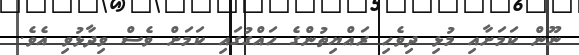
ނޫން ކަމަށާއި މުޅި ދިވެހި ރައްޔިތުންގެ ހައްގުގައި ކަމަށް ވެސް ވިދާޅުވި އެވެ.